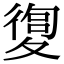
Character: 𡕴